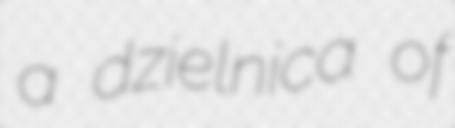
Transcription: a dzielnica of